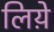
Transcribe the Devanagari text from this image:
लिय़े